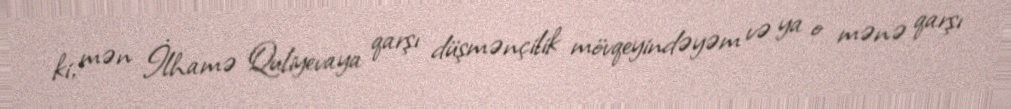
ki, mən İlhamə Quliyevaya qarşı düşmənçilik mövqeyindəyəm və ya o mənə qarşı